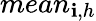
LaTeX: mean_{\mathbf{i},h}